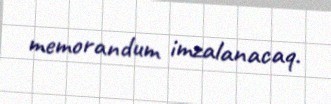
memorandum imzalanacaq.